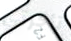
تأخرتي